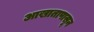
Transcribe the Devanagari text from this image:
आखातापासून